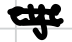
Text: eye
Cross-out: double-line
Writing tool: digital_black